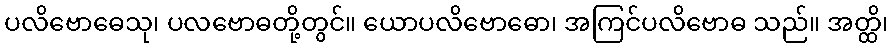
ပလိဗောဓေသု၊ ပလဗောဓတို့တွင်။ ယောပလိဗောဓော၊ အကြင်ပလိဗောဓ သည်။ အတ္ထိ၊